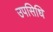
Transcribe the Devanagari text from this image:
उपसिधि